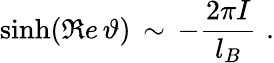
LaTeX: \sinh(\Re e\, \vartheta)\, \sim\, -\frac{2\pi I}{l_{B}}\, \, .